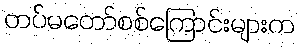
တပ်မတော်စစ်ကြောင်းများက